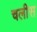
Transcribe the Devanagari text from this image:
चलीस